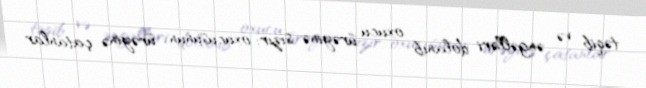
təqib və əngəlləri dolanıb oxucu ürəyinə sızır; oxucusunun ürəyinə çatanlar